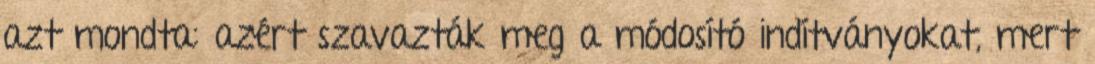
azt mondta: azért szavazták meg a módosító indítványokat, mert